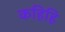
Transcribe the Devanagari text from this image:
कहिहि